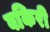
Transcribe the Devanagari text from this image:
बकिरी